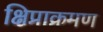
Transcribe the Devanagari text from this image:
क्षिप्राक्रमण